Annual report on the mental hospital in the Central Provinces and Berar (Nagpur) - 1927-1951
Year: 1927
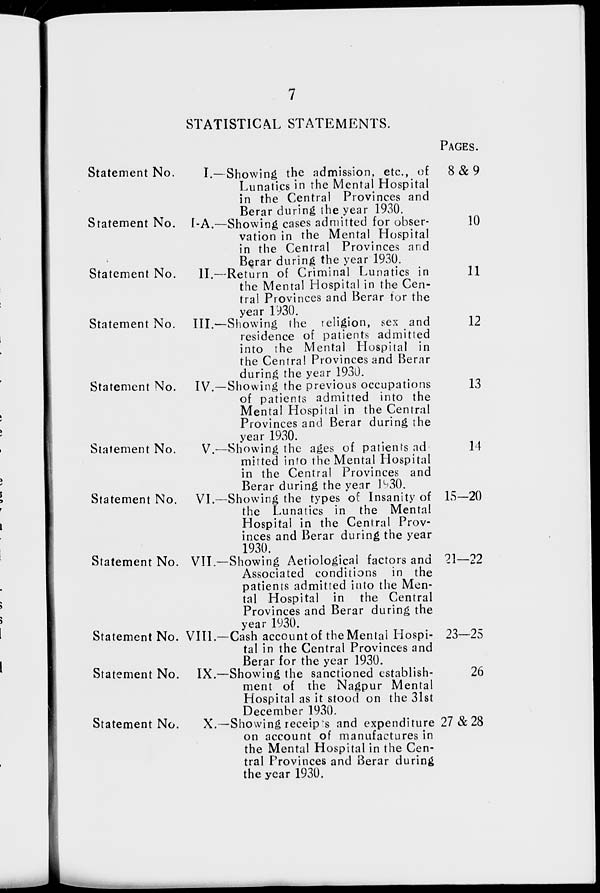
7
STATISTICAL STATEMENTS.
Statement No.
I.—
Statement No. I-A.—
Statement No.
II.—
Statement No. III.—
Statement No.
IV.—
Statement No.
V.—
Statement No. VI.—
Statement No. VII.—
Statement No. VIII.—
Statement No. IX.—
Statement No.
X.—
Showing the admission, etc., of
Lunatics in the Mental Hospital
in the Central Provinces and
Berar during the year 1930.
Showing cases admitted for obser-
vation in the Mental Hospital
in the Central Provinces and
Berar during the year 1930.
Return of Criminal Lunatics in
the Mental Hospital in the Cen-
tral Provinces and Berar for the
year 1930.
Showing the religion, sex and
residence of patients admitted
into the Mental Hospital in
the Central Provinces and Berar
during the year 1930.
Showing the previous occupations
of patients admitted into the
Mental Hospital in the Central
Provinces and Berar during the
year 1930.
Showing the ages of patients ad
mitted into the Mental Hospital
in the Central Provinces and
Berar during the year 1930.
Showing the types of Insanity of
the Lunatics in the Mental
Hospital in the Central Prov-
inces and Berar during the year
1930.
Showing Aetiological factors and
Associated conditions in the
patients admitted into the Men-
tal Hospital in the Central
Provinces and Berar during the
year 1930.
Cash account of the Mental Hospi-
tal in the Central Provinces and
Berar for the year 1930.
Showing the sanctioned establish-
ment of the Nagpur Mental
Hospital as it stood on the 31st
December 1930.
Showing receipts and expenditure
on account of manufactures in
the Mental Hospital in the Cen-
tral Provinces and Berar during
the year 1930.
PAGES.
8 & 9
10
11
12
13
14
15—20
21—22
23—25
26
27 & 28